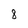
Character: 8